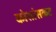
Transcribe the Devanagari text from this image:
कोशांसकट